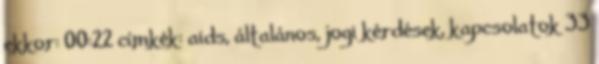
ekkor: 00:22 címkék: aids, általános, jogi kérdések, kapcsolatok 33